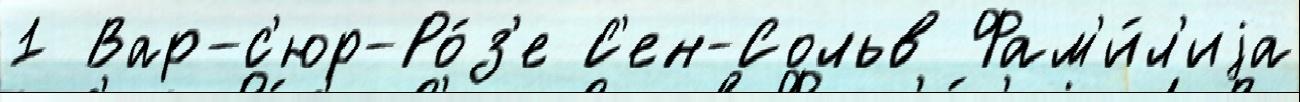
1 Вар-с'юр-Ро́з'е С'ен-Сольв Фам'и́л'иjа